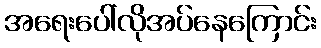
အရေးပေါ်လိုအပ်နေကြောင်း